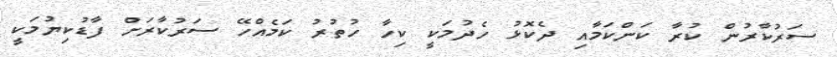
ސަރުކާރުން ކުރާ ކަންކަމާއި ދެކޮޅު ހެދުމަކީ ކިހާ ހުތުރު ކަމެއްހޭ ސަރުކާރަށް ފާޑުކިޔުމަކީ